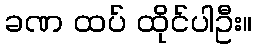
ခဏ ထပ် ထိုင်ပါဦး။